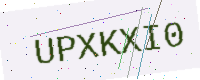
Text: UPXKXI0